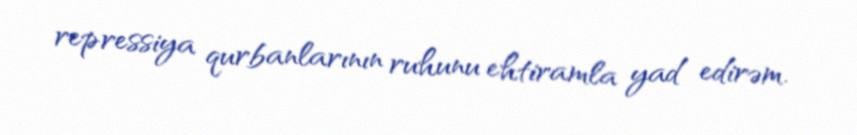
repressiya qurbanlarının ruhunu ehtiramla yad edirəm.